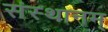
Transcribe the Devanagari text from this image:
संस्थानम्